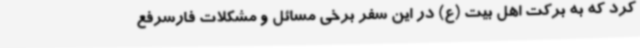
کرد که به برکت اهل بیت (ع) در این سفر برخی مسائل و مشکلات فارسرفع